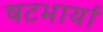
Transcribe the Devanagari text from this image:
षटभार्या